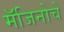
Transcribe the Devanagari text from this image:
मॅजिनोचे